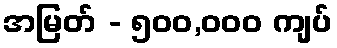
အမြတ် - ၅၀၀,၀၀၀ ကျပ်